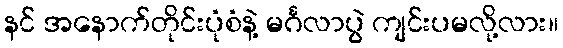
နင် အနောက်တိုင်းပုံစံနဲ့ မင်္ဂလာပွဲ ကျင်းပမလို့လား။